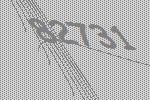
82731